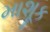
માશૂક